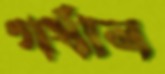
গর্ধান